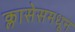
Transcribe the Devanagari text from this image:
क्लासेसमधून